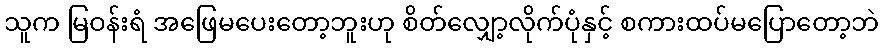
သူက မြဝန်းရံ အဖြေမပေးတော့ဘူးဟု စိတ်လျှော့လိုက်ပုံနှင့် စကားထပ်မပြောတော့ဘဲ